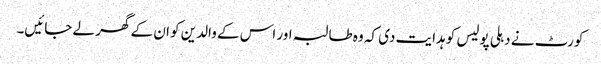
کورٹ نے دہلی پولیس کو ہدایت دی کہ وہ طالبہ اور اس کے والدین کو ان کے گھر لے جائیں۔